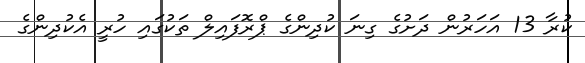
ކުރާ 13 އަހަރުން ދަށުގެ ގިނަ ކުދިންގެ ޕްރޮފައިލް ތަކުގައި ހުރީ އެކުދިންގެ